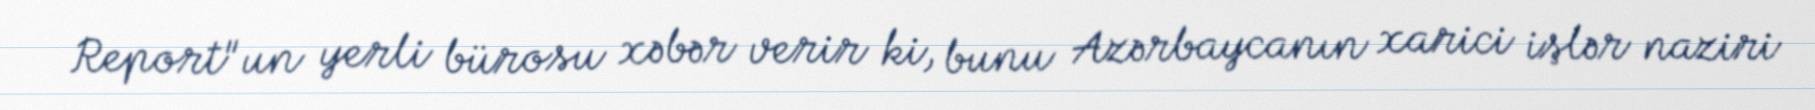
Report"un yerli bürosu xəbər verir ki, bunu Azərbaycanın xarici işlər naziri